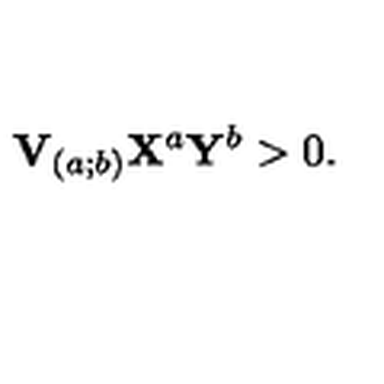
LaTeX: \mathbf { V } _ { ( a ; b ) } \mathbf { X } ^ { a } \mathbf { Y } ^ { b } > 0 .